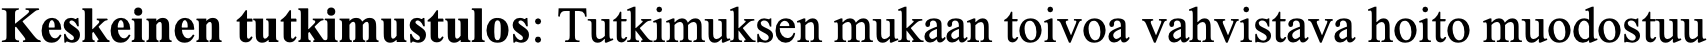
Keskeinen tutkimustulos: Tutkimuksen mukaan toivoa vahvistava hoito muodostuu